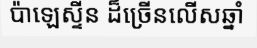
ប៉ាឡេស្ទីន ដ៏ច្រើនលើសឆ្នាំ